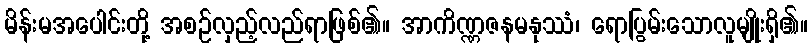
မိန်းမအပေါင်းတို့ အစဉ်လှည့်လည်ရာဖြစ်၏။ အာကိဏ္ဏဇနမနုဿံ၊ ရောပြွမ်းသောလူမျိုးရှိ၏။